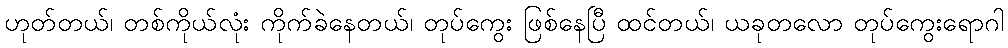
ဟုတ်တယ်၊ တစ်ကိုယ်လုံး ကိုက်ခဲနေတယ်၊ တုပ်ကွေး ဖြစ်နေပြီ ထင်တယ်၊ ယခုတလော တုပ်ကွေးရောဂါ